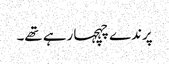
پرندے چہچہا رہے تھے۔